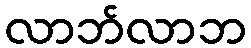
လာဘ်လာဘ